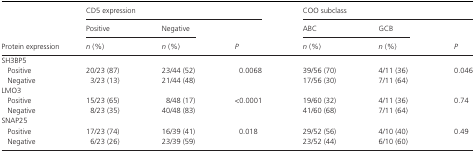
| <ROWSPAN=3> Protein expression | <COLSPAN=3> CD5 expression | <COLSPAN=3> COO subclass |
 | Positive | Negative | <ROWSPAN=2> P | ABC | GCB | <ROWSPAN=2> P |
 | n (%) | n (%) | n (%) | n (%) |
 | --- | --- | --- | --- | --- | --- | --- |
 | <COLSPAN=7> SH3BP5 |
 | Positive | 20/23 (87) | 23/44 (52) | <ROWSPAN=2> 0.0068 | 39/56 (70) | 4/11 (36) | <ROWSPAN=2> 0.046 |
 | Negative | 3/23 (13) | 21/44 (48) | 17/56 (30) | 7/11 (64) |
 | <COLSPAN=7> LMO3 |
 | Positive | 15/23 (65) | 8/48 (17) | <ROWSPAN=2> <0.0001 | 19/60 (32) | 4/11 (36) | <ROWSPAN=2> 0.74 |
 | Negative | 8/23 (35) | 40/48 (83) | 41/60 (68) | 7/11 (64) |
 | <COLSPAN=7> SNAP25 |
 | Positive | 17/23 (74) | 16/39 (41) | <ROWSPAN=2> 0.018 | 29/52 (56) | 4/10 (40) | <ROWSPAN=2> 0.49 |
 | Negative | 6/23 (26) | 23/39 (59) | 23/52 (44) | 6/10 (60) |